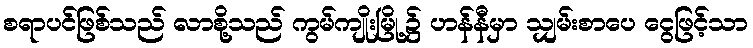
စရာပင်ဖြစ်သည် လာစို့သည် ကွမ်ကျိုးမြို့၌ ဟန်နီမှာ သျှမ်းစာပေ ငွေဖြင့်သာ